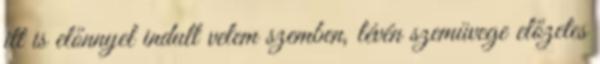
itt is előnnyel indult velem szemben, lévén szemüvege előzetes